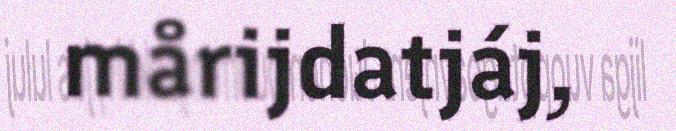
mårijdatjáj,